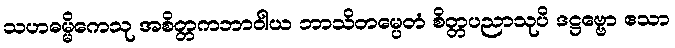
သဟဓမ္မိကေသု အစိတ္တကဘာဝါယ ဘာသိတမ္ပေတံ စိတ္တပညာသုပိ ဒဋ္ဌဗ္ဗော ဧသာ